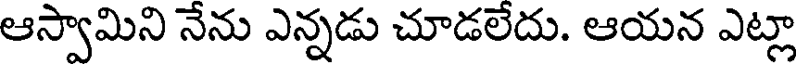
ఆస్వామిని నేను ఎన్నడు చూడలేదు. ఆయన ఎట్లా